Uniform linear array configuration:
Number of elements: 16
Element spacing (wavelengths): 0.75
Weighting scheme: hann
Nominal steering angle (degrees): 15
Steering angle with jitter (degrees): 16.275
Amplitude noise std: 0.05
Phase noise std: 0.05

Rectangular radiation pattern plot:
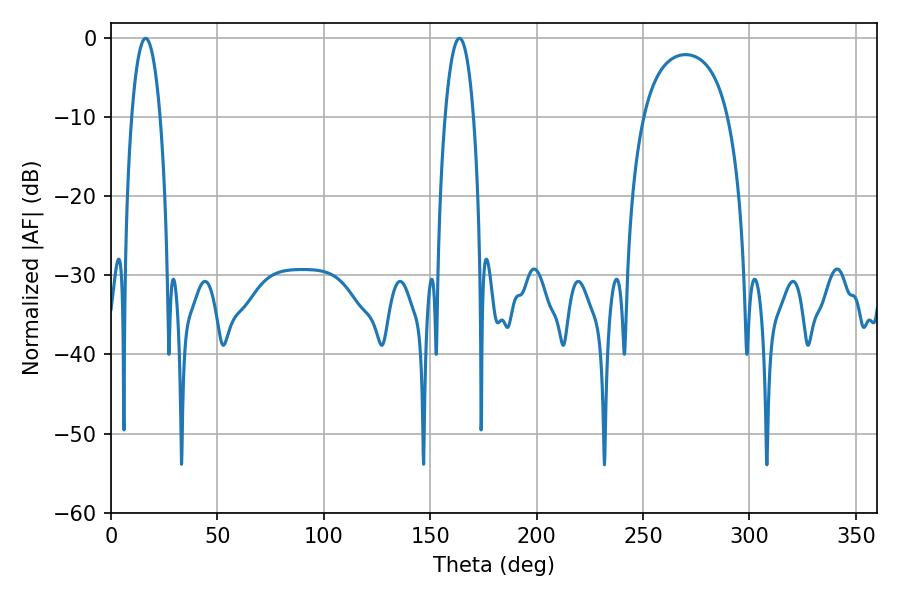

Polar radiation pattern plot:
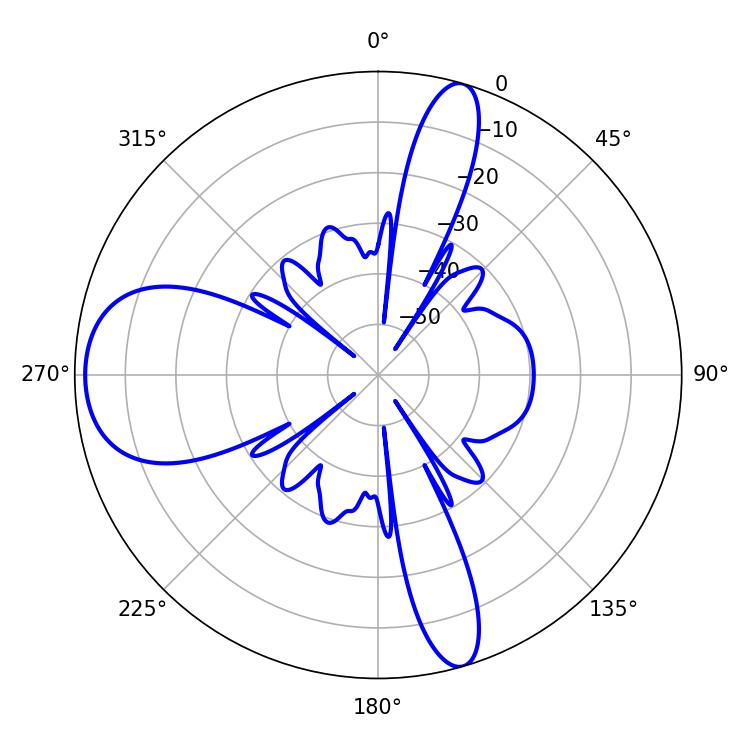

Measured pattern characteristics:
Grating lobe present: TRUE
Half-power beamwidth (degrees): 7.38
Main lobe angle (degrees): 16.2